Trukikaitis_Postimees, lk 114
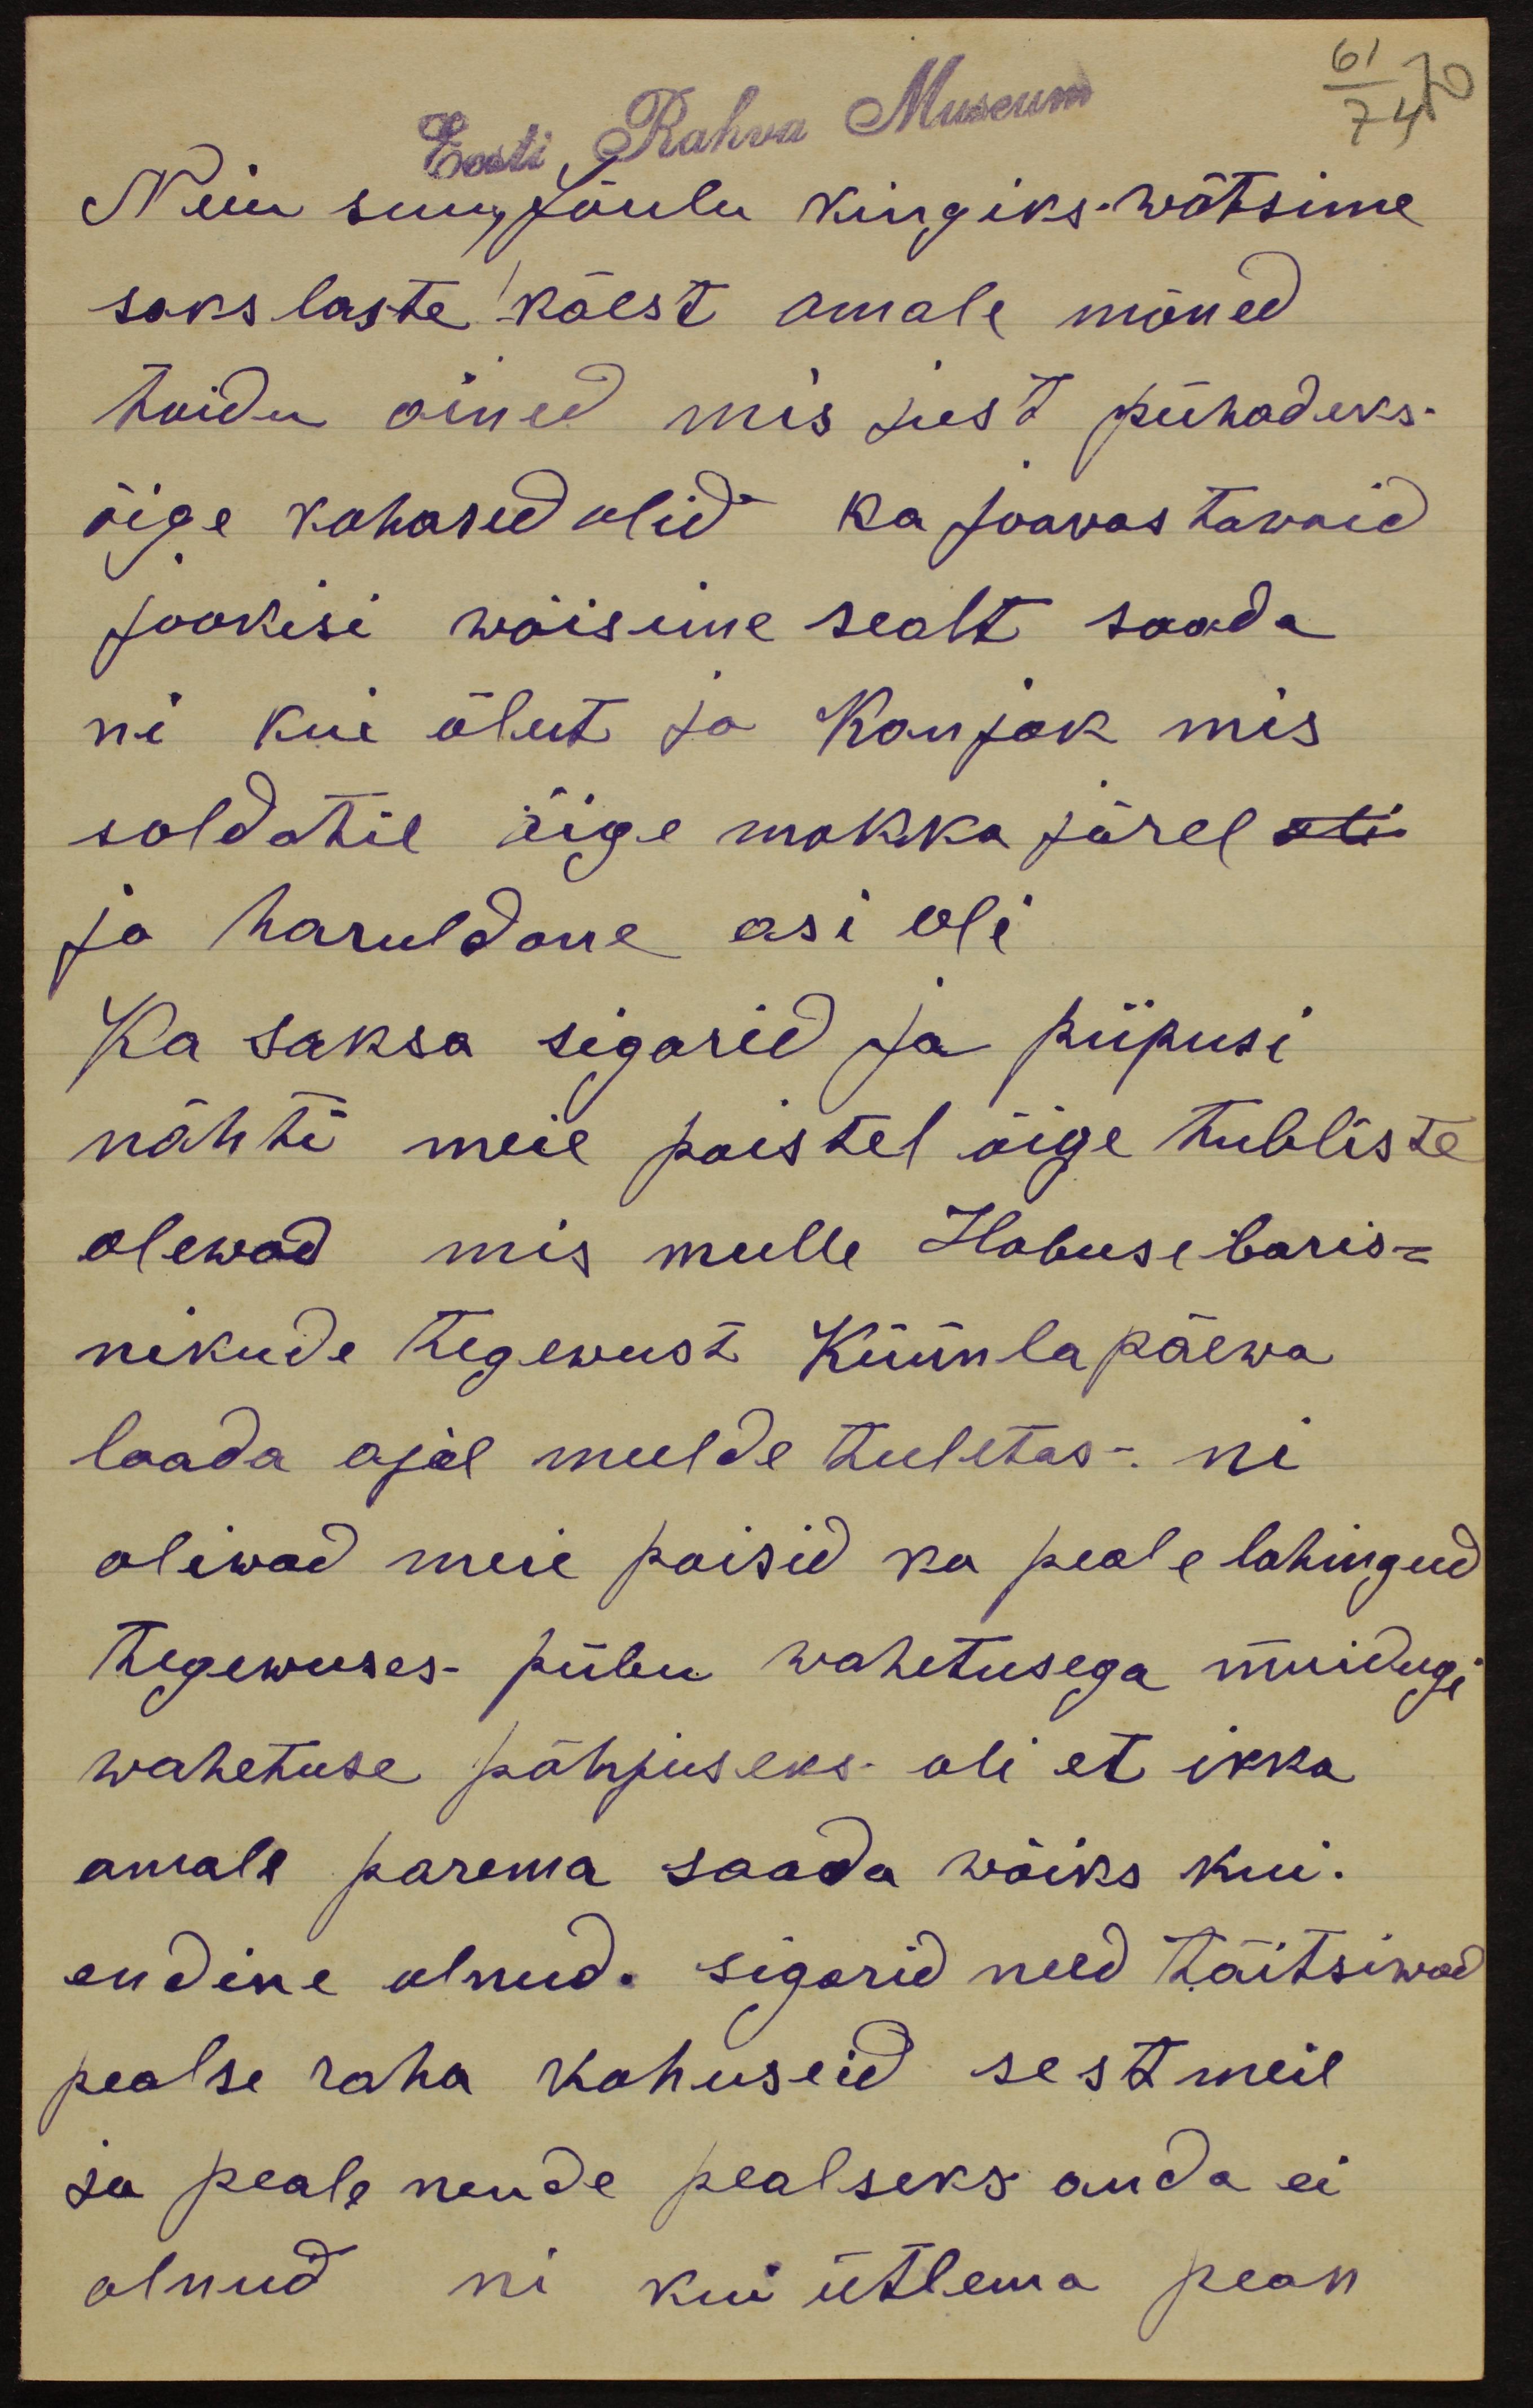
Eesti Rahva Museum
Neiu suur, jõulu kingiks wõtsime
sakslaste käest omale mõned
toidu ained mis just pühadeks
õige kohased olid ka joovastavaid
jookisi wõisime sealt saada
ni kui õlut ja konjak mis
soldatil õige mokka järel oli
ja haruldane asi oli
Ka saksa sigarid ja piipusi
nähti meie poistel õige tubliste
olewad mis mulle Hobuse baris-
nikude tegewust Küünlapäewa
laada ajal meelde tuletas: ni
oliwad meie poisid ka peale lahingud
tegewuses piibu wahetusega muidugi
wahetuse põhjuseks oli et ikka
omale parema saada wõiks kui.
endine olnud. sigarid need täitsiwad
pealse raha kohuseid sest meil
ju peale nende pealseks anda ei
olnud nii kui ütlema pean